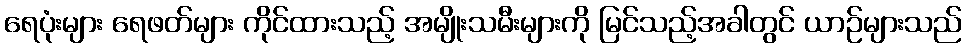
ရေပုံးများ ရေဖတ်များ ကိုင်ထားသည့် အမျိုးသမီးများကို မြင်သည့်အခါတွင် ယာဉ်များသည်